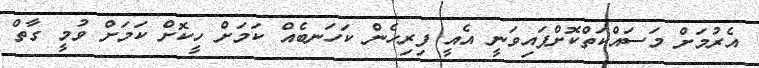
އެރުމަށް މަސައްކަތްކޮށްފައިވަނީ އެއީ ފިރިހެން ކަހަނބެއް ކަމަށް ހީކޮށް ކަމަށް ވުމީ ގާތް